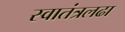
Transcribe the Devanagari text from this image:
स्वातंत्रलढा